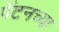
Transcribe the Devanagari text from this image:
पॅटनच्या